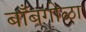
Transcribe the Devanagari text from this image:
बाँबगोळा